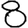
Digit: 8